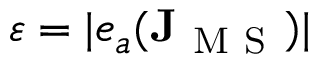
\varepsilon = | e _ { a } ( \mathbf { J } _ { \mathrm { ~ M ~ S ~ } } ) |